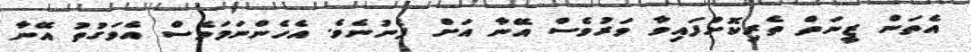
އެތަން ޒީނަތް ތެރިކޮށްފައިވާ ވަރުވެސް އޭނާ އަށް ފެނުނެވެ. އެހެންނަމަވެސް އެވަގުތު އޭނާ